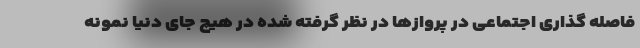
فاصله گذاری اجتماعی در پروازها در نظر گرفته شده در هیچ جای دنیا نمونه